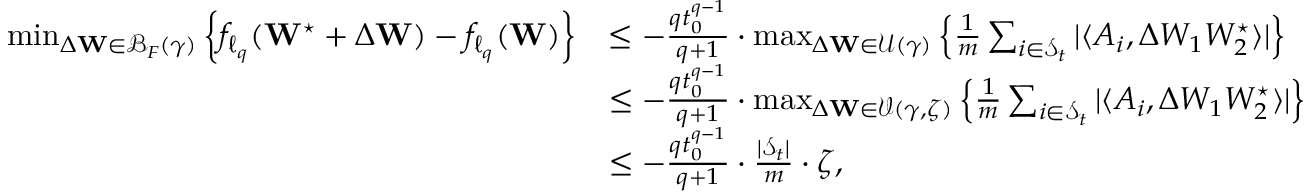
\begin{array} { r l } { \operatorname* { m i n } _ { \Delta \mathbf { W } \in \mathcal { B } _ { F } ( \gamma ) } \left\{ f _ { \ell _ { q } } ( \mathbf { W } ^ { \star } + \Delta \mathbf { W } ) - f _ { \ell _ { q } } ( \mathbf { W } ) \right\} } & { \leq - \frac { q t _ { 0 } ^ { q - 1 } } { q + 1 } \cdot \operatorname* { m a x } _ { \Delta \mathbf { W } \in \mathcal { U } ( \gamma ) } \left\{ \frac { 1 } { m } \sum _ { i \in { \mathcal { S } _ { t } } } | \langle A _ { i } , \Delta W _ { 1 } W _ { 2 } ^ { \star } \rangle | \right\} } \\ & { \leq - \frac { q t _ { 0 } ^ { q - 1 } } { q + 1 } \cdot \operatorname* { m a x } _ { \Delta \mathbf { W } \in \mathcal { V } ( \gamma , \zeta ) } \left\{ \frac { 1 } { m } \sum _ { i \in { \mathcal { S } _ { t } } } | \langle A _ { i } , \Delta W _ { 1 } W _ { 2 } ^ { \star } \rangle | \right\} } \\ & { \leq - \frac { q t _ { 0 } ^ { q - 1 } } { q + 1 } \cdot \frac { | \mathcal { S } _ { t } | } { m } \cdot \zeta , } \end{array}